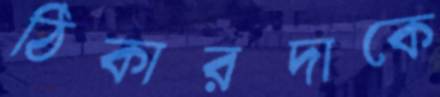
ঠিকারদাকে